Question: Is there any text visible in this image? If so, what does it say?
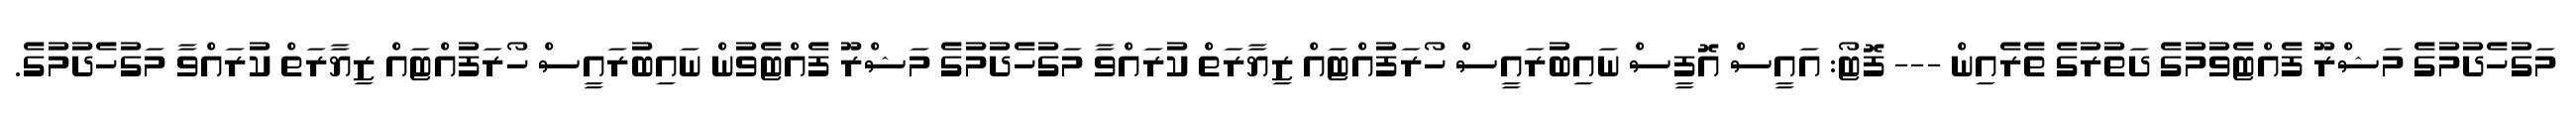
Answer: މަގުހެދުމުގެ މަޝްރޫ ފެއްޓެވުމުގެ ދަތުރުގެ ތެރެއިން --- ފޮޓޯ: އައީސް އޮފީސް ނައިބުރައީސް ހޯރަފުއްޓައް ޒިޔާރަތް ކުރައްވާ މަގުހެދުމުގެ މަޝްރޫ ފެއްޓެވުން ނައިބުރައީސް ހޯރަފުއްޓައް ޒިޔާރަތް ކުރައްވާ މަގުހެދުމުގެ.